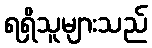
ရရှိသူများသည်